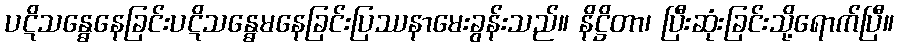
ပဋိသန္ဓေနေခြင်းပဋိသန္ဓေမနေခြင်းပြဿနာမေးခွန်းသည်။ နိဋ္ဌိတာ၊ ပြီးဆုံးခြင်းသို့ရောက်ပြီ။